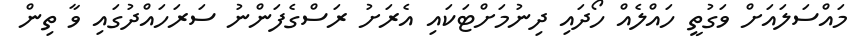
މައްސަލައަށް ވަގުތީ ހައްލެއް ހޯދައި ދިނުމަށްޓަކައި އެރަށު ރަސްގެފަންނު ސަރަހައްދުގައި ވާ ތިން